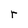
Character: r